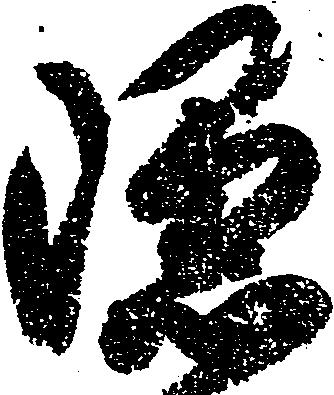
隠